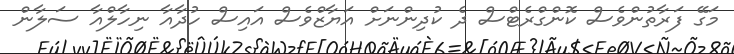
މަގޭ ފަރާތުންވެސް ކޮންގްރެޓްސް ދެ ކުދިންނަށް އަޔާޒްވެސް އައިސް ހުދާއާ ނިހާލްއާ ސަލާން